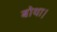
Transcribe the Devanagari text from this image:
बोथा।